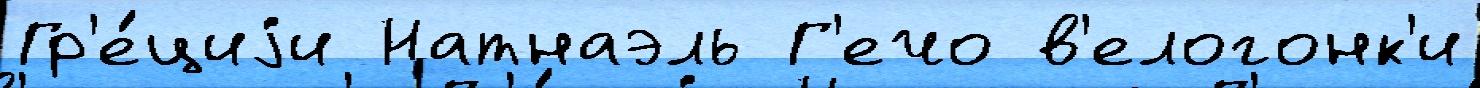
Гр'е́циjи Натнаэль Г'ечо в'елогонк'и